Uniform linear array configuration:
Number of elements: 48
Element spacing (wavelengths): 0.75
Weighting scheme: binomial
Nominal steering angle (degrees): -45
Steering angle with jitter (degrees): -46.082
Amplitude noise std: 0.05
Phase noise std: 0.05

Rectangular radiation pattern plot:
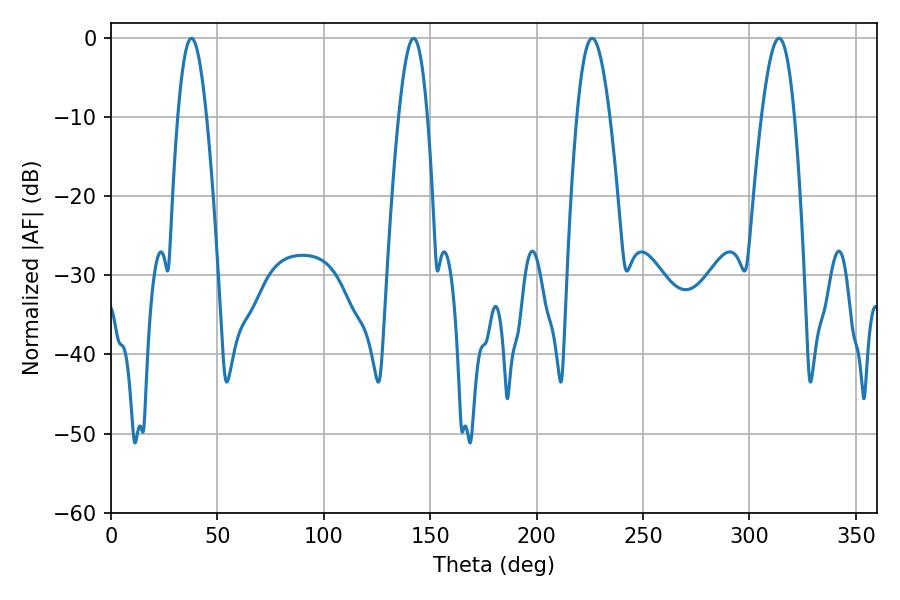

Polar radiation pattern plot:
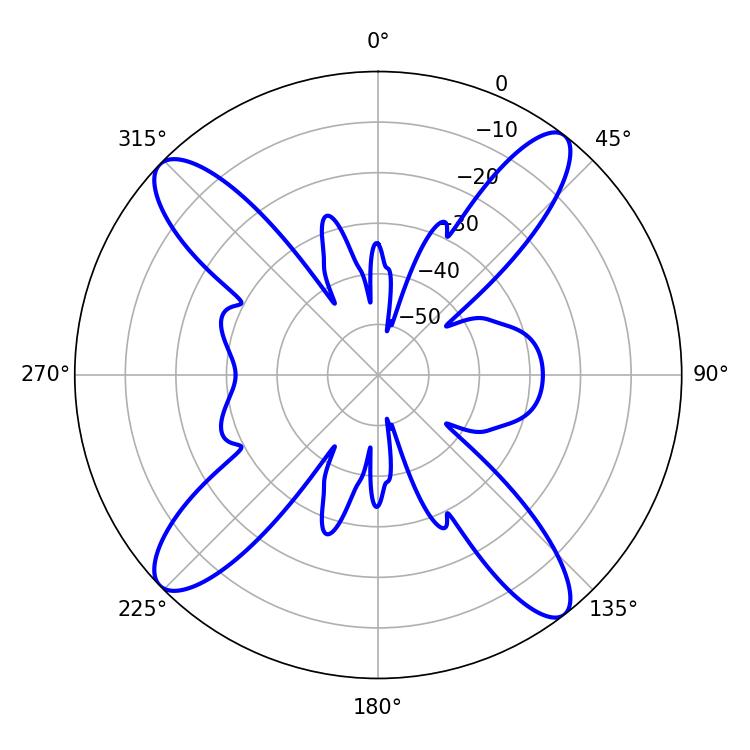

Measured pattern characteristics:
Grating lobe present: TRUE
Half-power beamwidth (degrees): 7.38
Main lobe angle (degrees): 37.8